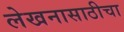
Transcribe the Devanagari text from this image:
लेखनासाठीचा